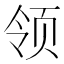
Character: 领